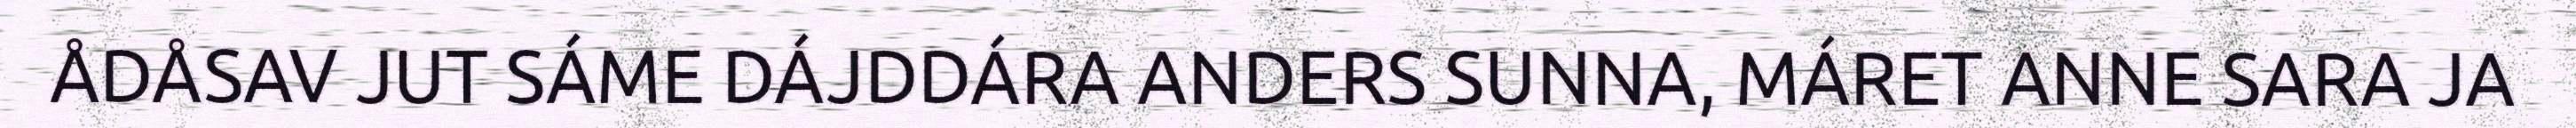
ÅDÅSAV JUT SÁME DÁJDDÁRA ANDERS SUNNA, MÁRET ANNE SARA JA